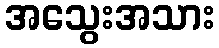
အသွေးအသား